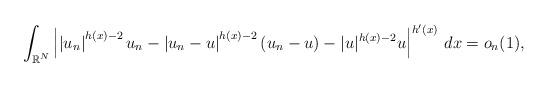
LaTeX: \begin{align*} \int_{ \mathbb R^N } \left| \left| u_n \right|^{ h(x)-2 } u_n - \left| u_n - u \right|^{ h(x)-2 } \left( u_n - u \right) - | u |^{ h(x)-2 } u \right|^{ h'(x) } \, dx = o_n(1),\end{align*}